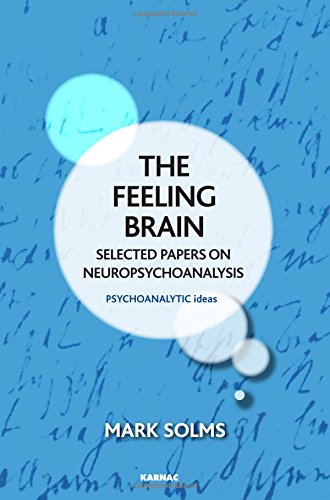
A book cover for The Feeling Brain: Selected Papers on Neuropsychoanalysis (The Psychoanalytic Ideas Series); Mark Solms; Medical Books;